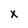
Character: X